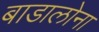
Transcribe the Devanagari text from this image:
बाडालोना